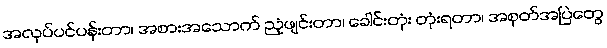
အလုပ်ပင်ပန်းတာ၊ အစားအသောက် ညံ့ဖျင်းတာ၊ ခေါင်းတုံး တုံးရတာ၊ အစုတ်အပြဲတွေ